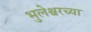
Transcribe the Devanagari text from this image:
भुलेश्वरच्या